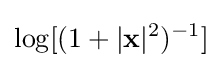
\log[(1+|\mathbf {x} |^{2})^{-1}]